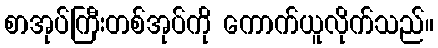
စာအုပ်ကြီးတစ်အုပ်ကို ကောက်ယူလိုက်သည်။